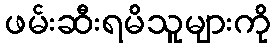
ဖမ်းဆီးရမိသူများကို